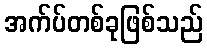
အက်ပ်တစ်ခုဖြစ်သည်